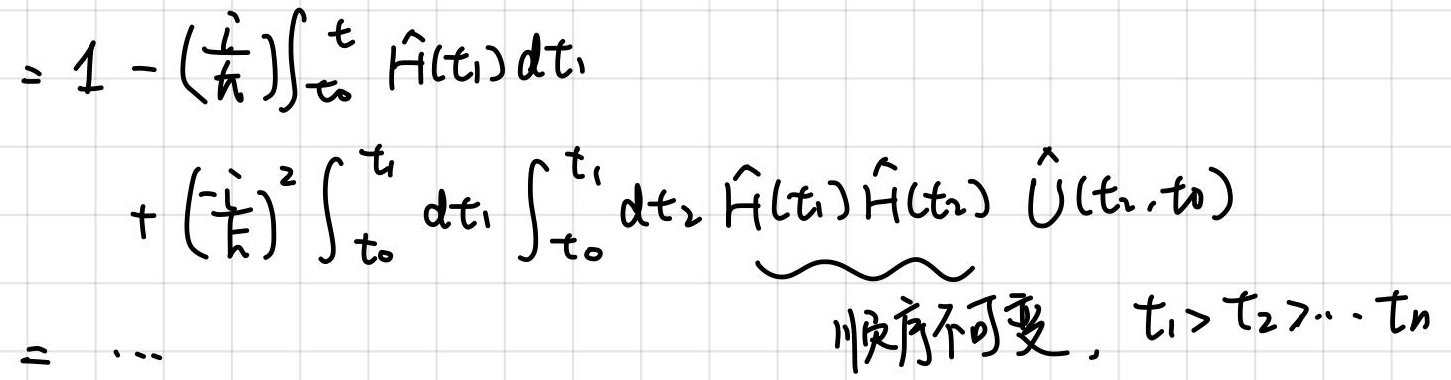
\[
\begin{align*}
=&1 - (\frac{i}{\hbar})\int_{t_0}^{t} \hat{H}(t_1)dt_1\\
&+ (\frac{i}{\hbar})^2\int_{t_0}^{t} dt_1 \int_{t_0}^{t_1} dt_2 \hat{H}(t_1)\hat{H}(t_2) \underbrace{\hat{U}(t_2,t_0)}_{\text{顺序不可变}, t_1>t_2>\cdots t_n}\\
=&\cdots
\end{align*}
\]